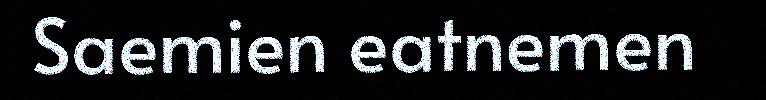
Saemien eatnemen